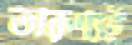
তারুণ্যই